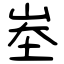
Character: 峚